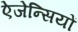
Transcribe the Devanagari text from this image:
ऐजेन्सियों